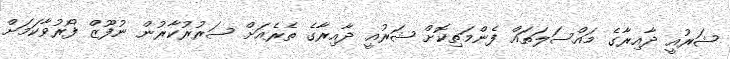
ޝަރުއީ ދާއިރާގެ މައްސަލަތައް ފެންމަތިކޮށް ޝަރުއީ ދާއިރާގެ ތެރެއަށް ސަރުރުކާރުން ނުފޫޒް ފޯރުވާކަމަށް